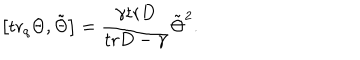
LaTeX: \left[ \mathrm { t r } _ { q } \Theta , \tilde { \Theta } \right] = \frac { \gamma \mathrm { t r } D } { \mathrm { t r } D - \gamma } \tilde { \Theta } ^ { 2 } .